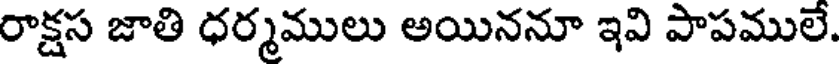
రాక్షస జాతి ధర్మములు అయిననూ ఇవి పాపములే.